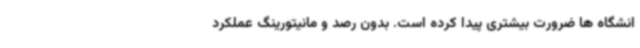
انشگاه ها ضرورت بیشتری پیدا کرده است. بدون رصد و مانیتورینگ عملکرد